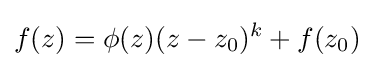
f(z)=\phi (z)(z-z_{0})^{k}+f(z_{0})